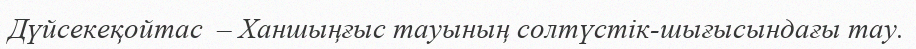
Дүйсекеқойтас  – Ханшыңғыс тауының солтүстік-шығысындағы тау.